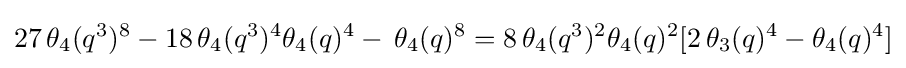
27\,\theta _{4}(q^{3})^{8}-18\,\theta _{4}(q^{3})^{4}\theta _{4}(q)^{4}-\,\theta _{4}(q)^{8}=8\,\theta _{4}(q^{3})^{2}\theta _{4}(q)^{2}[2\,\theta _{3}(q)^{4}-\theta _{4}(q)^{4}]